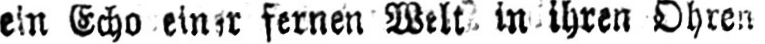
fernen Welt in ihren Ohren